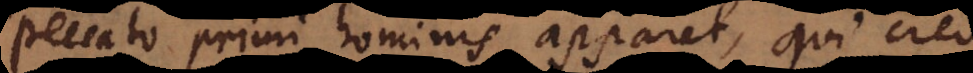
peccato primi hominis apparet, qui crede